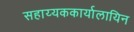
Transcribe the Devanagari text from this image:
सहाय्यककार्यालायिन